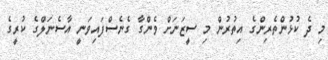
މި ދެ ކުޅުންތެރިންގެ އިތުރުން މި ސީޒަނަށް ވެންގާ ގެނެސްފައިވަނީ އާސެނަލްގެ ކުރީގެ